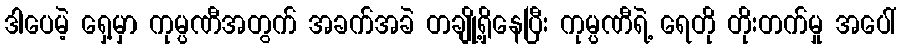
ဒါပေမဲ့ ရှေ့မှာ ကုမ္ပဏီအတွက် အခက်အခဲ တချို့ရှိနေပြီး ကုမ္ပဏီရဲ့ ရေတို တိုးတက်မှု အပေါ်